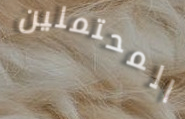
المحتملين